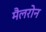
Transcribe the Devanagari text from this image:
मैलरोन